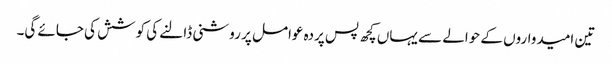
تین امیدواروں کے حوالے سے یہاں کچھ پس پردہ عوامل پر روشنی ڈالنے کی کوشش کی جائے گی۔